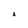
Character: i